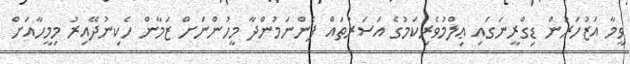
ވީމާ އަޒުހަރުން ޑިގްރީނަގައި ޢިލްމުވެރިކަމުގެ އަސަރުތައް ފެންނަމުންދާ މީހުންނަށް ޒަމާން ހެކިނުދޭއިރު މިމީހާއަށް